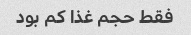
فقط حجم غذا کم بود